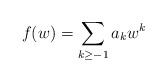
LaTeX: \begin{align*}f(w)=\sum_{k\ge-1}a_kw^k\end{align*}